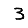
Digit: 3